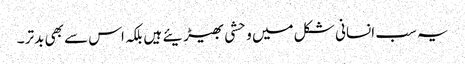
یہ سب انسانی شکل میں وحشی بھیڑیئے ہیں بلکہ اس سے بھی بدتر ۔